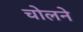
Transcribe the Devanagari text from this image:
चोलने